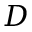
D